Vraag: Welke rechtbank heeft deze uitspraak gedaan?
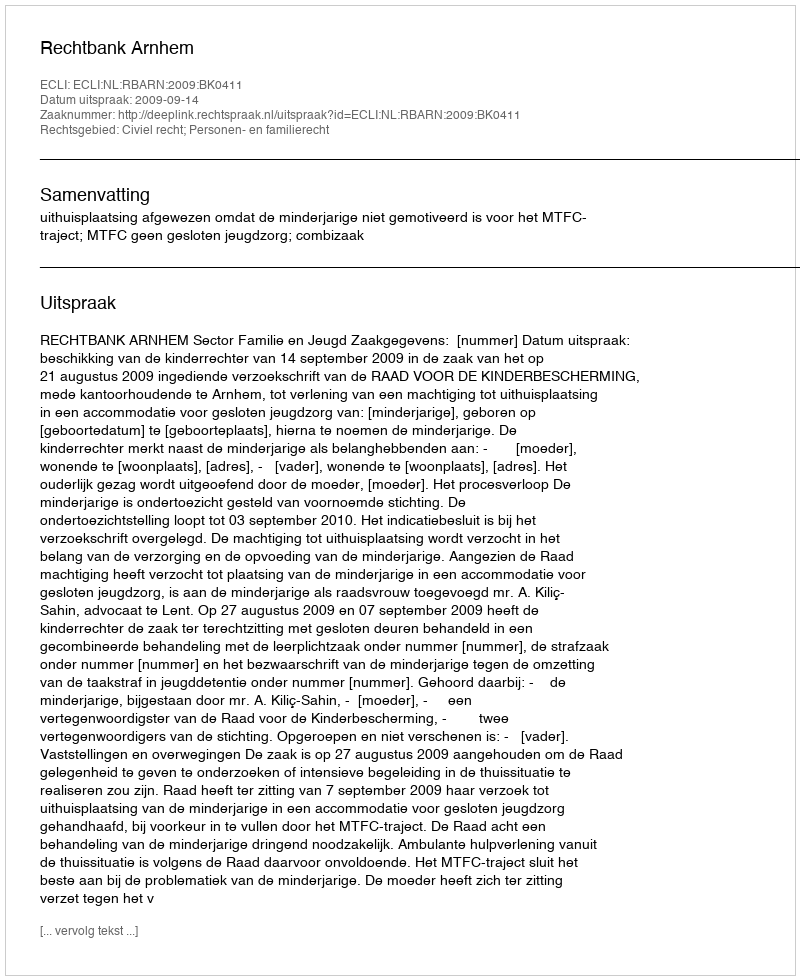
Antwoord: Rechtbank Arnhem